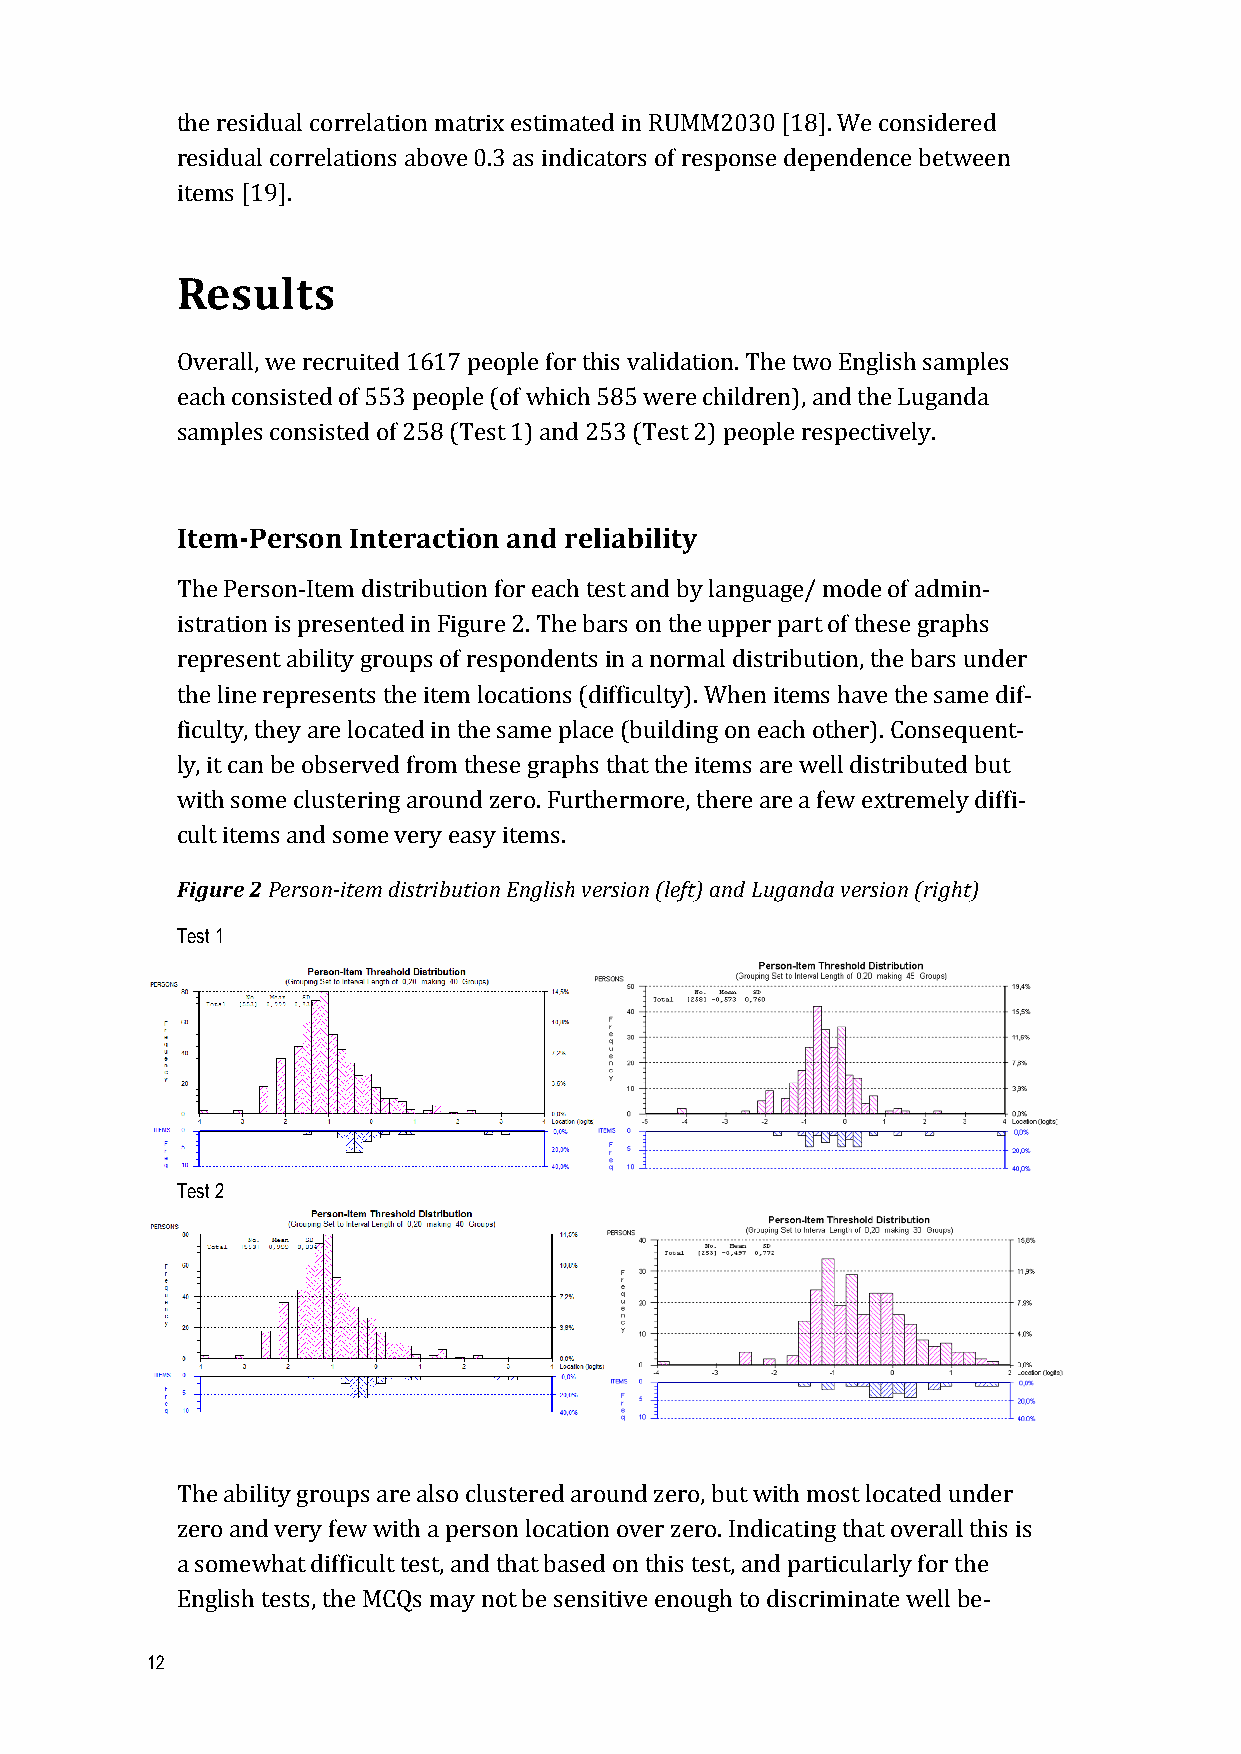
the residual correlation matrix estimated in RUMM2030 [18]. We considered
 residual correlations above 0.3 as indicators of response dependence between
 items [19].
 Results
 Overall, we recruited 1617 people for this validation. The two English samples
 each consisted of 553 people (of which 585 were children), and the Luganda
 samples consisted of 258 (Test 1) and 253 (Test 2) people respectively.
 Item-­‐Person Interaction and reliability
 The Person-­‐Item distribution for each test and by language/ mode of admin-­‐
 istration is presented in Figure 2. The bars on the upper part of these graphs
 represent ability groups of respondents in a normal distribution, the bars under
 the line represents the item locations (difficulty). When items have the same dif-­‐
 ficulty, they are located in the same place (building on each other). Consequent-­‐
 ly, it can be observed from these graphs that the items are well distributed but
 with some clustering around zero. Furthermore, there are a few extremely diffi-­‐
 cult items and some very easy items.
 Figure 2 Person-­‐item distribution English version (left) and Luganda version (right)
 Test 1
 Test 2
 The ability groups are also clustered around zero, but with most located under
 zero and very few with a person location over zero. Indicating that overall this is
 a somewhat difficult test, and that based on this test, and particularly for the
 English tests, the MCQs may not be sensitive enough to discriminate well be-­‐
 12